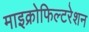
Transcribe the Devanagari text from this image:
माइक्रोफिल्टरेशन